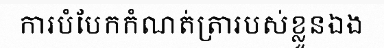
ការបំបែកកំណត់ត្រារបស់ខ្លួនឯង